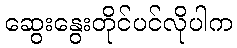
ဆွေးနွေးတိုင်ပင်လိုပါက